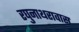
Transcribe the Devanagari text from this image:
रघुनाथरावास